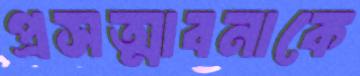
প্রসত্মাবনাকে